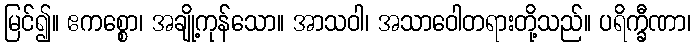
မြင်၍။ ဧကစ္စော၊ အချို့ကုန်သော။ အာသဝါ၊ အသာဝေါတရားတို့သည်။ ပရိက္ခီဏာ၊